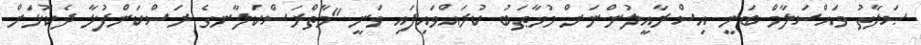
ޞަލާތު ވައްސަލާމް ބަނީ އިސްރާއީލުންނަށް މުޚާޠަބު ކުރައްވައިފައި ވަނީ "މާތްރަސްކަލާނގެ ރަސްކަންފުޅާ ދެކޮޅަށް